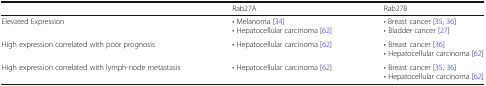
<table><thead><tr><td></td><td><b>Rab27A</b></td><td><b>Rab27B</b></td></tr></thead><tbody><tr><td>Elevated Expression</td><td>• Melanoma [34]• Hepatocellular carcinoma [62]</td><td>• Breast cancer [35, 36]• Bladder cancer [27]</td></tr><tr><td>High expression correlated with poor prognosis</td><td>• Hepatocellular carcinoma [62]</td><td>• Breast cancer [36]• Hepatocellular carcinoma [62]</td></tr><tr><td>High expression correlated with lymph-node metastasis</td><td>• Hepatocellular carcinoma [62]</td><td>• Breast cancer [35, 36]• Hepatocellular carcinoma [62]</td></tr></tbody></table>